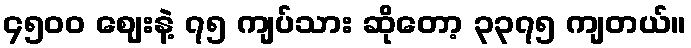
၄၅၀၀ ဈေးနဲ့ ၇၅ ကျပ်သား ဆိုတော့ ၃၃၇၅ ကျတယ်။